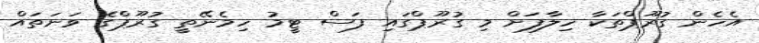
އެހެން ގުރޫޕްތަކާ ހިލާފަށް މި ގުރޫޕްގައި ފަސް ޓީމު ހިމެނޭތީ ގުރޫޕްގެ ވަނަތައް